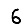
Digit: 6